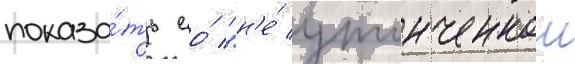
показа́ть ео́ "н'е́ утонченнои